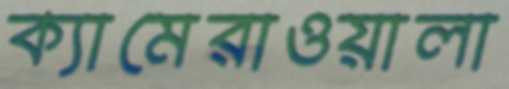
ক্যামেরাওয়ালা